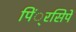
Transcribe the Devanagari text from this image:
पिं्रसिपे